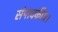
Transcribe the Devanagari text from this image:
संपादकीय।